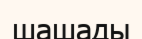
шашады